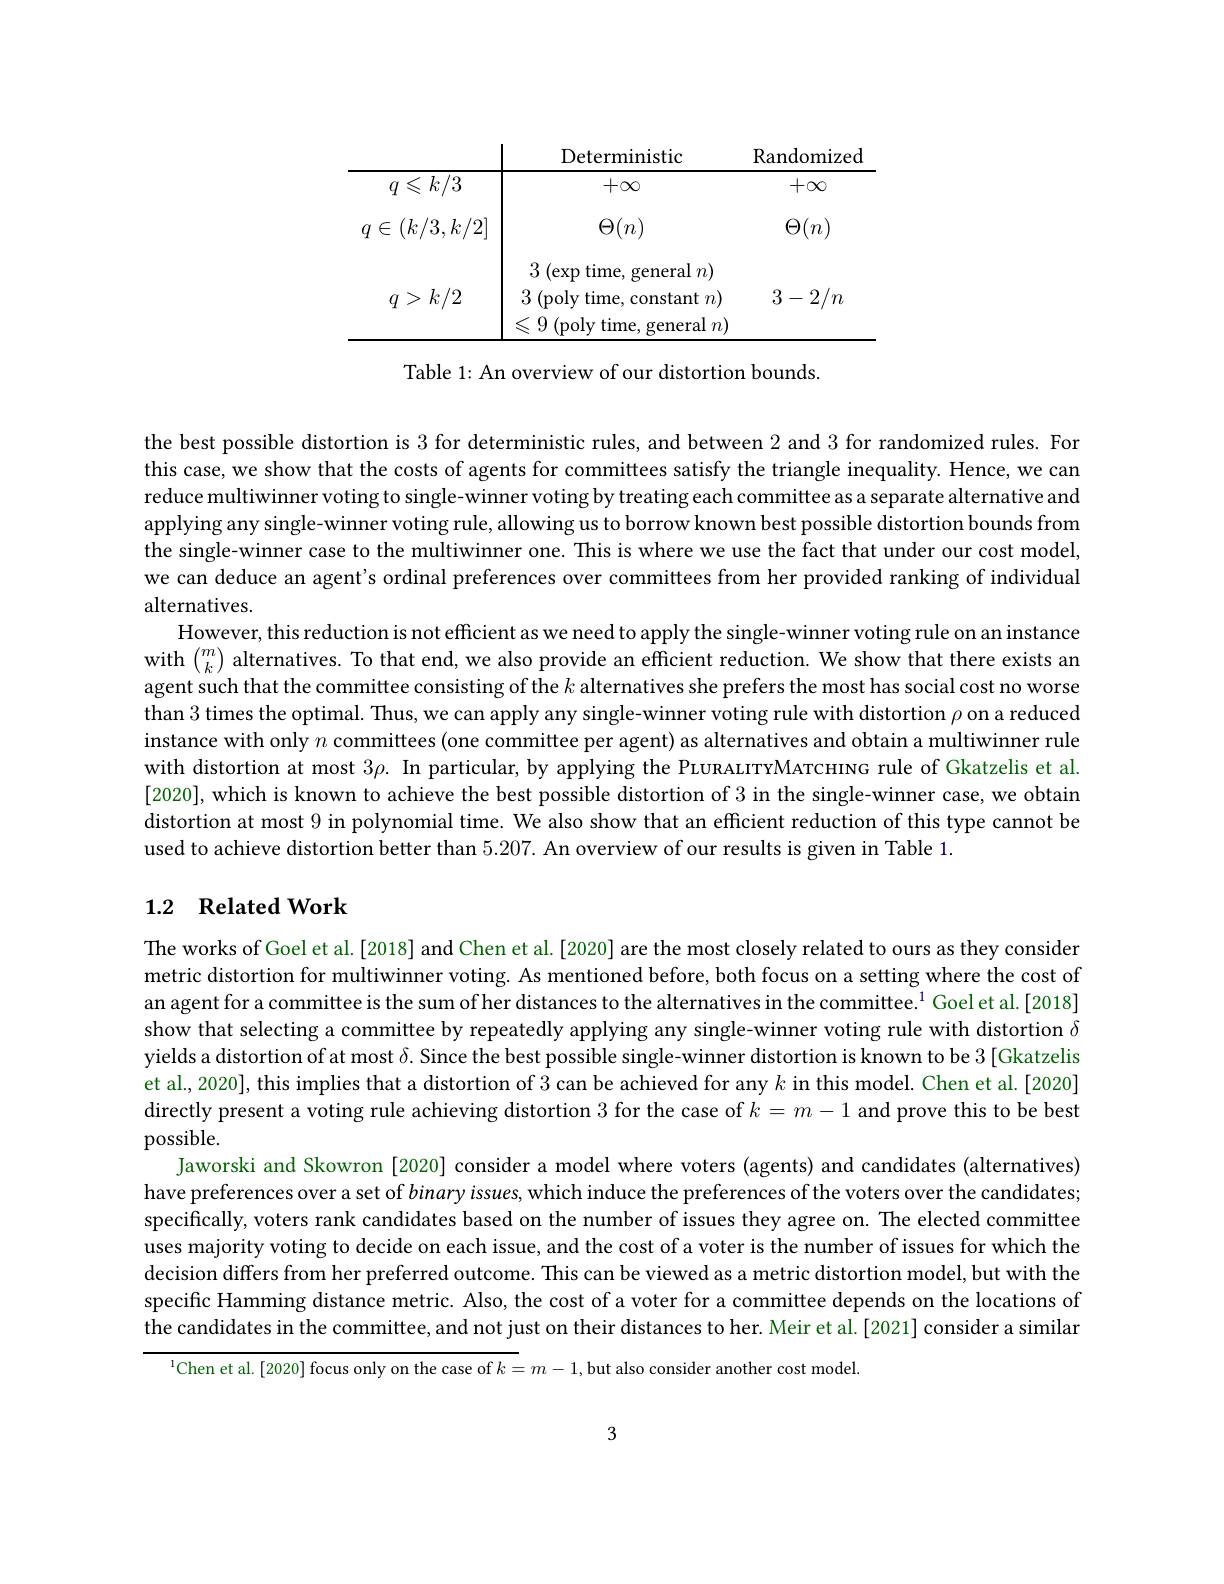
<table>
	<tbody>
		<tr>
			<th> </th>
			<th>Deterministic</th>
			<th>Randomized</th>
		</tr>
		<tr>
			<td>$q\leqslant k/3$</td>
			<td>$+\infty$</td>
			<td>$+\infty$</td>
		</tr>
		<tr>
			<td>$(k/3,k/2]$ $q\in$ I I</td>
			<td>$\Theta(n)$</td>
			<td>$\Theta(n)$</td>
		</tr>
		<tr>
			<td>$q>k/2$</td>
			<td>time, gcinciar $ll)$ - - $3\allowbreak ( {\mathrm{mod}} $time, constant$) n)$ $\leqslant 9$ (poly time, general $n)$</td>
			<td>$3-2/n$</td>
		</tr>
	</tbody>
</table>

Table 1: An overview of our distortion bounds.

the best possible distortion is 3 for deterministic rules, and between 2 and 3 for randomized rules. For this case, we show that the costs of agents for committees satisfy the triangle inequality. Hence, we can reduce multiwinner voting to single-winner voting by treating each committee as a separate alternative and applying any single-winner voting rule, allowing us to borrow known best possible distortion bounds from the single-winner case to the multiwinner one. This is where we use the fact that under our cost model, we can deduce an agent's ordinal preferences over committees from her provided ranking of individual

alternatives.
However, this reduction is not efficient as we need to apply the single-winner voting rule on an instance with $\binom mk$ alternatives. To that end, we also provide an efficient reduction. We show that there exists an agent such that the committee consisting of the $k$ alternatives she prefers the most has social cost no worse than 3 times the optimal. Thus, we can apply any single-winner voting rule with distortion $\rho$ on a reduced instance with only $n$ committees (one committee per agent) as alternatives and obtain a multiwinner rule with distortion at most $3\rho.$ In particular, by applying the PLURALITYMATCHING rule of Gkatzelis et al. [2020], which is known to achieve the best possible distortion of 3 in the single-winner case, we obtain distortion at most 9 in polynomial time. We also show that an efficient reduction of this type cannot be used to achieve distortion better than 5.207. An overview of our results is given in Table 1.

# 1.2 Related Work

The works of Goel et al.[2018] and Chen et al.[2020] are the most closely related to ours as they consider metric distortion for multiwinner voting. As mentioned before, both focus on a setting where the cost of an agent for a committee is the sum of her distances to the alternatives in the committee. $^{1}$ Goel et al.[2018] show that selecting a committee by repeatedly applying any single-winner voting rule with distortion $\delta$ yields a distortion of at most $\delta.$ Since the best possible single-winner distortion is known to be 3[Gkatzelis et al., 2020], this implies that a distortion of 3 can be achieved for any $k$ in this model. Chen et al.[2020] directly present a voting rule achieving distortion 3 for the case of $k=m-1$ and prove this to be best possible.
Jaworski and Skowron [2020] consider a model where voters (agents) and candidates (alternatives) have preferences over a set of binary issues, which induce the preferences of the voters over the candidates; specifically, voters rank candidates based on the number of issues they agree on. The elected committee uses majority voting to decide on each issue, and the cost of a voter is the number of issues for which the decision differs from her preferred outcome. This can be viewed as a metric distortion model, but with the specific Hamming distance metric. Also, the cost of a voter for a committee depends on the locations of the candidates in the committee, and not just on their distances to her. Meir et al.[2021] consider a similar

$^{\text{ l}}$Chen et al.[2020] focus only on the case of $k=m-1$,but also consider another cost model.

3